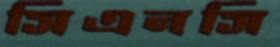
সিএনসি